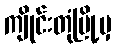
ကျိုင်းတုံမြို့မှ